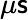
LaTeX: \mu\mathsf{s}